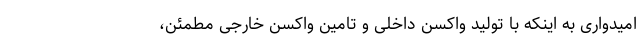
امیدواری به اینکه با تولید واکسن داخلی و تامین واکسن خارجی مطمئن،